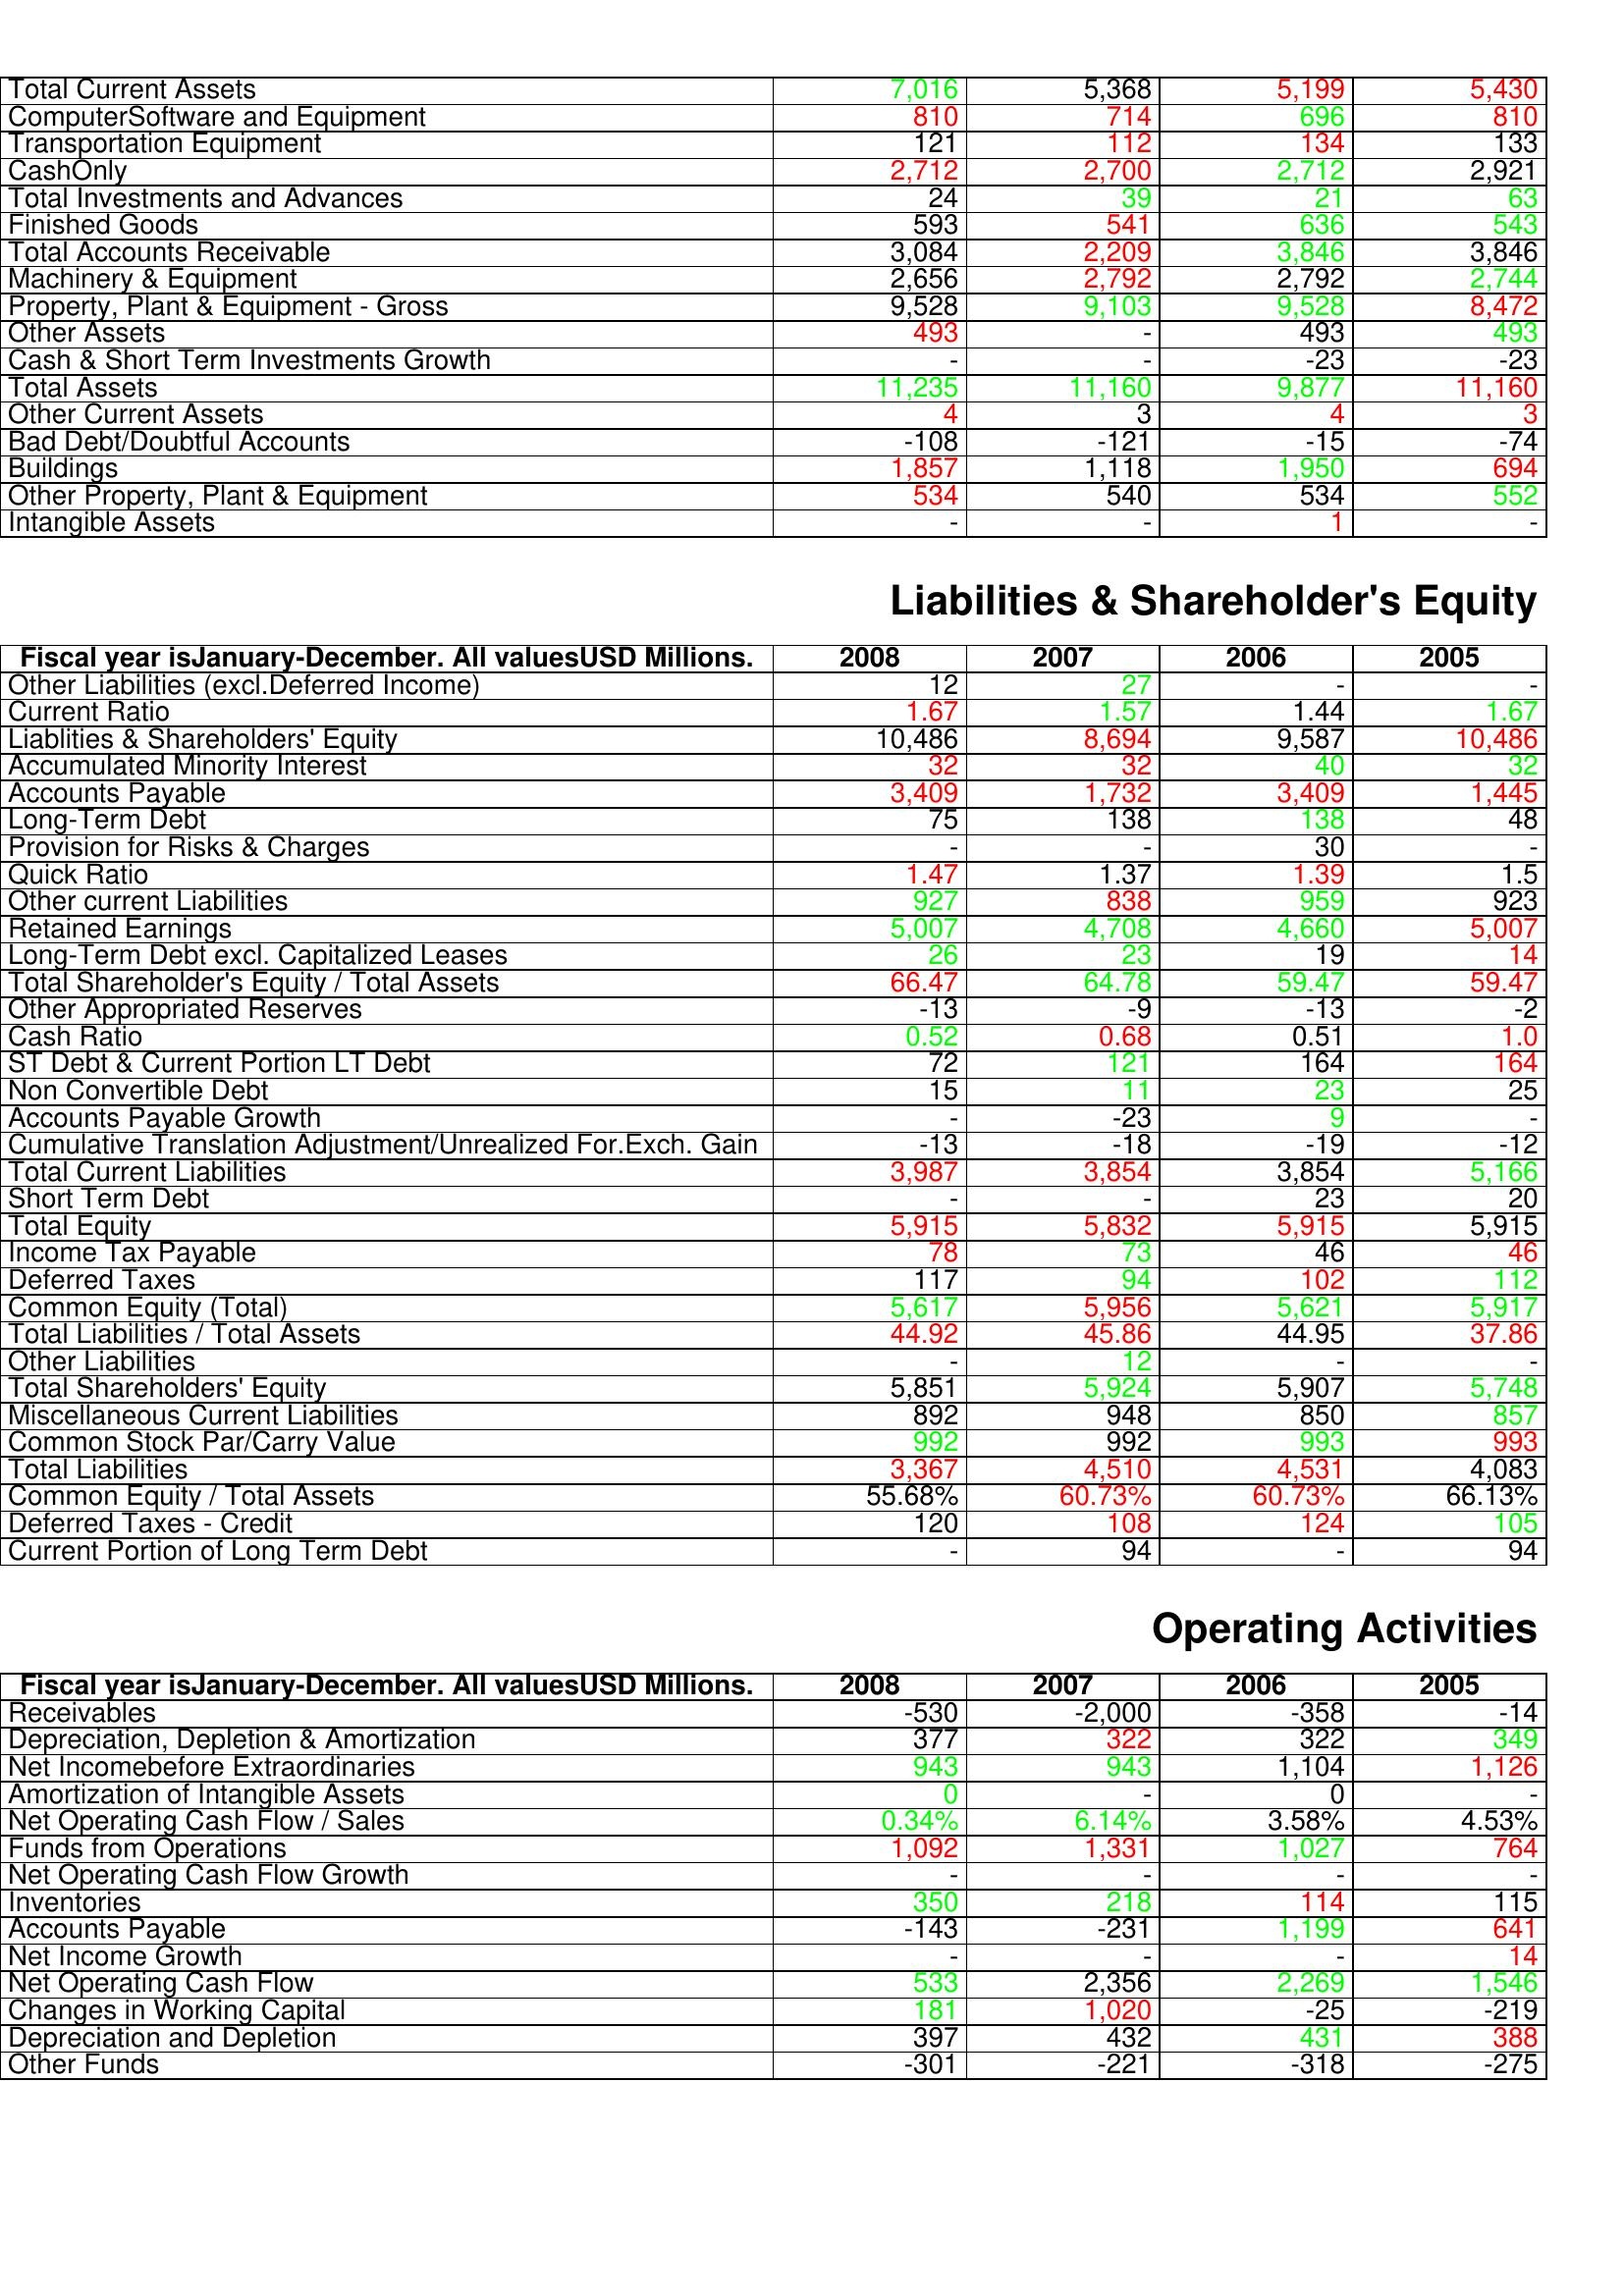
gt_parse: 2008: Assets: Total Current Assets: 7,016
ComputerSoftware and Equipment: 810
Transportation Equipment: 121
CashOnly: 2,712
Total Investments and Advances: 24
Finished Goods: 593
Total Accounts Receivable: 3,084
Machinery & Equipment: 2,656
Property, Plant & Equipment - Gross : 9,528
Other Assets: 493
Cash & Short Term Investments Growth: -
Total Assets: 11,235
Other Current Assets: 4
Bad Debt/Doubtful Accounts: -108
Buildings: 1,857
Other Property, Plant & Equipment: 534
Intangible Assets: -
Liabilities & Shareholder's Equity: Other Liabilities (excl.Deferred Income): 12
Current Ratio: 1.67
Liablities & Shareholders' Equity: 10,486
Accumulated Minority Interest: 32
Accounts Payable: 3,409
Long-Term Debt: 75
Provision for Risks & Charges: -
Quick Ratio: 1.47
Other current Liabilities: 927
Retained Earnings: 5,007
Long-Term Debt excl. Capitalized Leases: 26
Total Shareholder's Equity / Total Assets: 66.47
Other Appropriated Reserves: -13
Cash Ratio: 0.52
ST Debt & Current Portion LT Debt: 72
Non Convertible Debt: 15
Accounts Payable Growth: -
Cumulative Translation Adjustment/Unrealized For.Exch. Gain: -13
Total Current Liabilities: 3,987
Short Term Debt: -
Total Equity: 5,915
Income Tax Payable: 78
Deferred Taxes: 117
Common Equity (Total): 5,617
Total Liabilities / Total Assets: 44.92
Other Liabilities: -
Total Shareholders' Equity: 5,851
Miscellaneous Current Liabilities: 892
Common Stock Par/Carry Value: 992
Total Liabilities: 3,367
Common Equity / Total Assets: 55.68%
Deferred Taxes - Credit: 120
Current Portion of Long Term Debt: -
Operating Activities: Receivables: -530
Depreciation, Depletion & Amortization: 377
Net Incomebefore Extraordinaries: 943
Amortization of Intangible Assets: 0
Net Operating Cash Flow / Sales: 0.34%
Funds from Operations: 1,092
Net Operating Cash Flow Growth: -
Inventories: 350
Accounts Payable: -143
Net Income Growth: -
Net Operating Cash Flow: 533
Changes in Working Capital: 181
Depreciation and Depletion: 397
Other Funds: -301
2007: Assets: Total Current Assets: 5,368
ComputerSoftware and Equipment: 714
Transportation Equipment: 112
CashOnly: 2,700
Total Investments and Advances: 39
Finished Goods: 541
Total Accounts Receivable: 2,209
Machinery & Equipment: 2,792
Property, Plant & Equipment - Gross : 9,103
Other Assets: -
Cash & Short Term Investments Growth: -
Total Assets: 11,160
Other Current Assets: 3
Bad Debt/Doubtful Accounts: -121
Buildings: 1,118
Other Property, Plant & Equipment: 540
Intangible Assets: -
Liabilities & Shareholder's Equity: Other Liabilities (excl.Deferred Income): 27
Current Ratio: 1.57
Liablities & Shareholders' Equity: 8,694
Accumulated Minority Interest: 32
Accounts Payable: 1,732
Long-Term Debt: 138
Provision for Risks & Charges: -
Quick Ratio: 1.37
Other current Liabilities: 838
Retained Earnings: 4,708
Long-Term Debt excl. Capitalized Leases: 23
Total Shareholder's Equity / Total Assets: 64.78
Other Appropriated Reserves: -9
Cash Ratio: 0.68
ST Debt & Current Portion LT Debt: 121
Non Convertible Debt: 11
Accounts Payable Growth: -23
Cumulative Translation Adjustment/Unrealized For.Exch. Gain: -18
Total Current Liabilities: 3,854
Short Term Debt: -
Total Equity: 5,832
Income Tax Payable: 73
Deferred Taxes: 94
Common Equity (Total): 5,956
Total Liabilities / Total Assets: 45.86
Other Liabilities: 12
Total Shareholders' Equity: 5,924
Miscellaneous Current Liabilities: 948
Common Stock Par/Carry Value: 992
Total Liabilities: 4,510
Common Equity / Total Assets: 60.73%
Deferred Taxes - Credit: 108
Current Portion of Long Term Debt: 94
Operating Activities: Receivables: -2,000
Depreciation, Depletion & Amortization: 322
Net Incomebefore Extraordinaries: 943
Amortization of Intangible Assets: -
Net Operating Cash Flow / Sales: 6.14%
Funds from Operations: 1,331
Net Operating Cash Flow Growth: -
Inventories: 218
Accounts Payable: -231
Net Income Growth: -
Net Operating Cash Flow: 2,356
Changes in Working Capital: 1,020
Depreciation and Depletion: 432
Other Funds: -221
2006: Assets: Total Current Assets: 5,199
ComputerSoftware and Equipment: 696
Transportation Equipment: 134
CashOnly: 2,712
Total Investments and Advances: 21
Finished Goods: 636
Total Accounts Receivable: 3,846
Machinery & Equipment: 2,792
Property, Plant & Equipment - Gross : 9,528
Other Assets: 493
Cash & Short Term Investments Growth: -23
Total Assets: 9,877
Other Current Assets: 4
Bad Debt/Doubtful Accounts: -15
Buildings: 1,950
Other Property, Plant & Equipment: 534
Intangible Assets: 1
Liabilities & Shareholder's Equity: Other Liabilities (excl.Deferred Income): -
Current Ratio: 1.44
Liablities & Shareholders' Equity: 9,587
Accumulated Minority Interest: 40
Accounts Payable: 3,409
Long-Term Debt: 138
Provision for Risks & Charges: 30
Quick Ratio: 1.39
Other current Liabilities: 959
Retained Earnings: 4,660
Long-Term Debt excl. Capitalized Leases: 19
Total Shareholder's Equity / Total Assets: 59.47
Other Appropriated Reserves: -13
Cash Ratio: 0.51
ST Debt & Current Portion LT Debt: 164
Non Convertible Debt: 23
Accounts Payable Growth: 9
Cumulative Translation Adjustment/Unrealized For.Exch. Gain: -19
Total Current Liabilities: 3,854
Short Term Debt: 23
Total Equity: 5,915
Income Tax Payable: 46
Deferred Taxes: 102
Common Equity (Total): 5,621
Total Liabilities / Total Assets: 44.95
Other Liabilities: -
Total Shareholders' Equity: 5,907
Miscellaneous Current Liabilities: 850
Common Stock Par/Carry Value: 993
Total Liabilities: 4,531
Common Equity / Total Assets: 60.73%
Deferred Taxes - Credit: 124
Current Portion of Long Term Debt: -
Operating Activities: Receivables: -358
Depreciation, Depletion & Amortization: 322
Net Incomebefore Extraordinaries: 1,104
Amortization of Intangible Assets: 0
Net Operating Cash Flow / Sales: 3.58%
Funds from Operations: 1,027
Net Operating Cash Flow Growth: -
Inventories: 114
Accounts Payable: 1,199
Net Income Growth: -
Net Operating Cash Flow: 2,269
Changes in Working Capital: -25
Depreciation and Depletion: 431
Other Funds: -318
2005: Assets: Total Current Assets: 5,430
ComputerSoftware and Equipment: 810
Transportation Equipment: 133
CashOnly: 2,921
Total Investments and Advances: 63
Finished Goods: 543
Total Accounts Receivable: 3,846
Machinery & Equipment: 2,744
Property, Plant & Equipment - Gross : 8,472
Other Assets: 493
Cash & Short Term Investments Growth: -23
Total Assets: 11,160
Other Current Assets: 3
Bad Debt/Doubtful Accounts: -74
Buildings: 694
Other Property, Plant & Equipment: 552
Intangible Assets: -
Liabilities & Shareholder's Equity: Other Liabilities (excl.Deferred Income): -
Current Ratio: 1.67
Liablities & Shareholders' Equity: 10,486
Accumulated Minority Interest: 32
Accounts Payable: 1,445
Long-Term Debt: 48
Provision for Risks & Charges: -
Quick Ratio: 1.5
Other current Liabilities: 923
Retained Earnings: 5,007
Long-Term Debt excl. Capitalized Leases: 14
Total Shareholder's Equity / Total Assets: 59.47
Other Appropriated Reserves: -2
Cash Ratio: 1.0
ST Debt & Current Portion LT Debt: 164
Non Convertible Debt: 25
Accounts Payable Growth: -
Cumulative Translation Adjustment/Unrealized For.Exch. Gain: -12
Total Current Liabilities: 5,166
Short Term Debt: 20
Total Equity: 5,915
Income Tax Payable: 46
Deferred Taxes: 112
Common Equity (Total): 5,917
Total Liabilities / Total Assets: 37.86
Other Liabilities: -
Total Shareholders' Equity: 5,748
Miscellaneous Current Liabilities: 857
Common Stock Par/Carry Value: 993
Total Liabilities: 4,083
Common Equity / Total Assets: 66.13%
Deferred Taxes - Credit: 105
Current Portion of Long Term Debt: 94
Operating Activities: Receivables: -14
Depreciation, Depletion & Amortization: 349
Net Incomebefore Extraordinaries: 1,126
Amortization of Intangible Assets: -
Net Operating Cash Flow / Sales: 4.53%
Funds from Operations: 764
Net Operating Cash Flow Growth: -
Inventories: 115
Accounts Payable: 641
Net Income Growth: 14
Net Operating Cash Flow: 1,546
Changes in Working Capital: -219
Depreciation and Depletion: 388
Other Funds: -275